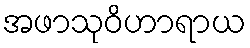
အဖာသုဝိဟာရာယ